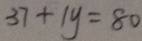
3 7 + 1 y = 4 3